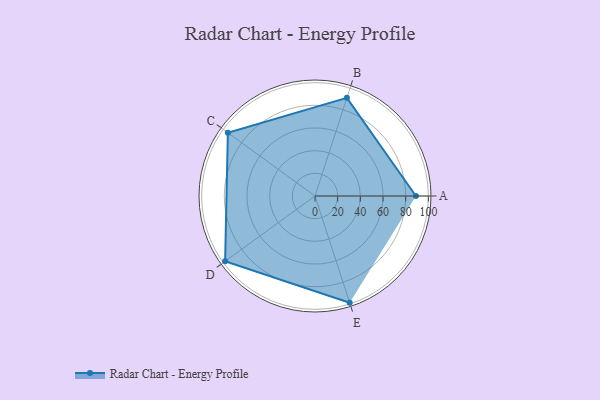
{"axis": {"x": "Skill", "y": "Score"}, "legend": ["Profile"], "data": [{"x": "A", "y": 89.0, "type": "Profile"}, {"x": "B", "y": 91.0, "type": "Profile"}, {"x": "C", "y": 95.0, "type": "Profile"}, {"x": "D", "y": 98.0, "type": "Profile"}, {"x": "E", "y": 99.0, "type": "Profile"}]}